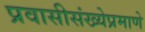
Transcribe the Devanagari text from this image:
प्रवासीसंख्येप्रमाणे